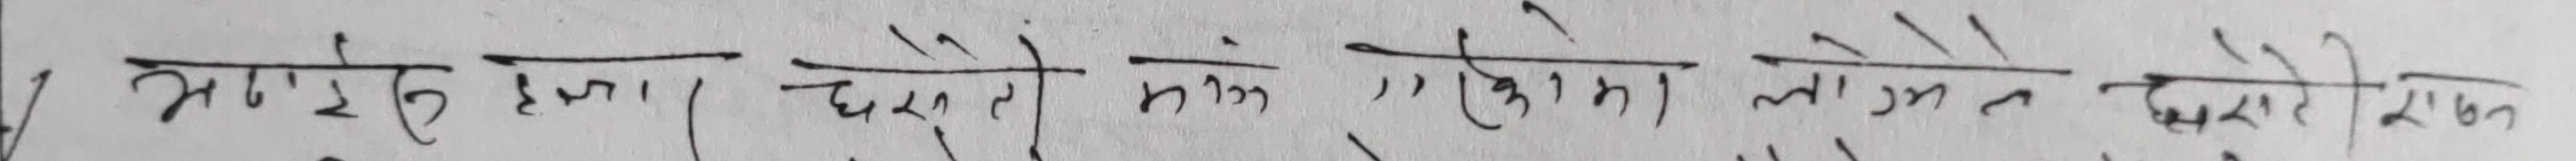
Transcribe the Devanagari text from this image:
भाडिए हुन्छ तर, छरेको झोक ''हुकाम लोमे र दोसेरी राहत